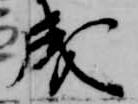
成